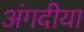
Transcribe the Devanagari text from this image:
अंगदीया